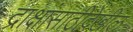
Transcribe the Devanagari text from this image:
द्राक्षांसाठीदेखील